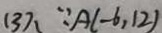
( 3 ) \because A ( - 6 , 1 2 )